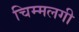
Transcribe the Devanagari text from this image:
चिम्मलगी